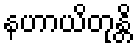
နဟာယိတုန္တိ